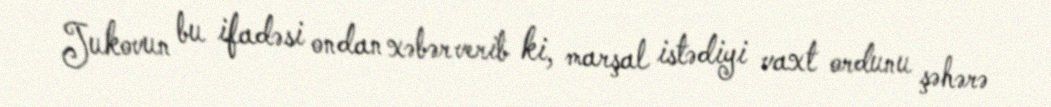
Jukovun bu ifadəsi ondan xəbər verib ki, marşal istədiyi vaxt ordunu şəhərə